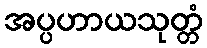
အပ္ပဟာယသုတ္တံ